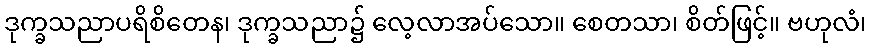
ဒုက္ခသညာပရိစိတေန၊ ဒုက္ခသညာ၌ လေ့လာအပ်သော။ စေတသာ၊ စိတ်ဖြင့်။ ဗဟုလံ၊